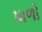
પાળો